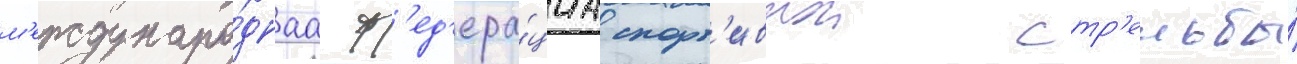
м'еждунаро́днаа ф'ед'ера́циа спорт'ивнои стр'ельбы́